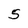
Character: 5